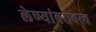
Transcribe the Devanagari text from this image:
लेण्यांबरोबरच